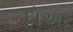
દોઅર